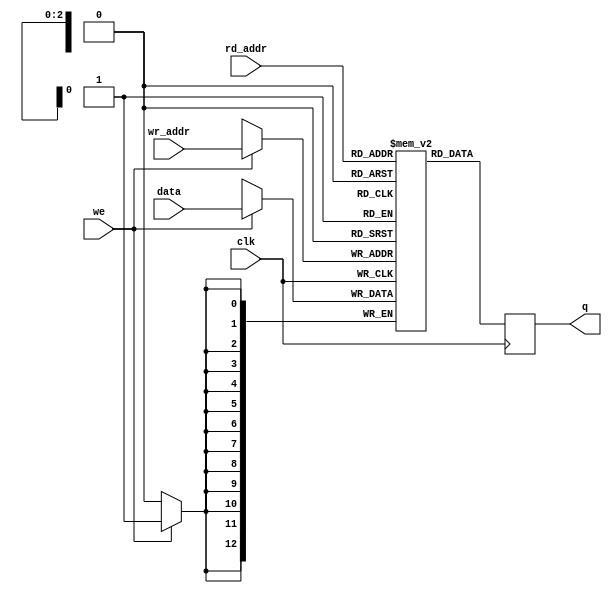
module obj_ram(
	clk,
	//Write side
	wr_addr,
	data,
	we,
	//Read side
	rd_addr,
	q
);
input          clk;
//Write side
input  [ 2: 0] wr_addr;
input  [12: 0] data;
input          we;
//Read side
input  [ 2: 0] rd_addr;
output reg [12: 0] q;

//RAM
reg  [12: 0] ram [0: 7];

//Write logic
always @(negedge clk) if(we) ram[wr_addr] <= data;

//Read logic
always @(negedge clk) q <= ram[rd_addr];

endmodule